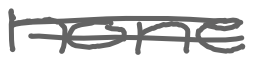
Text: none
Cross-out: double-line
Writing tool: digital_gray